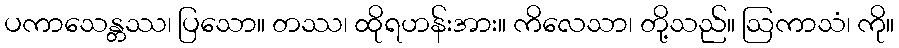
ပကာသေန္တဿ၊ ပြသော။ တဿ၊ ထိုရဟန်းအား။ ကိလေသာ၊ တို့သည်။ ဩကာသံ၊ ကို။